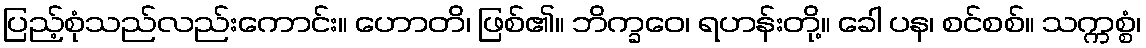
ပြည့်စုံသည်လည်းကောင်း။ ဟောတိ၊ ဖြစ်၏။ ဘိက္ခဝေ၊ ရဟန်းတို့။ ခေါ ပန၊ စင်စစ်။ သက္ကစ္စံ၊